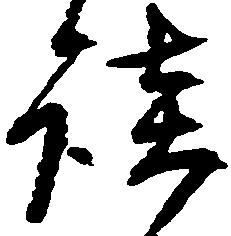
談